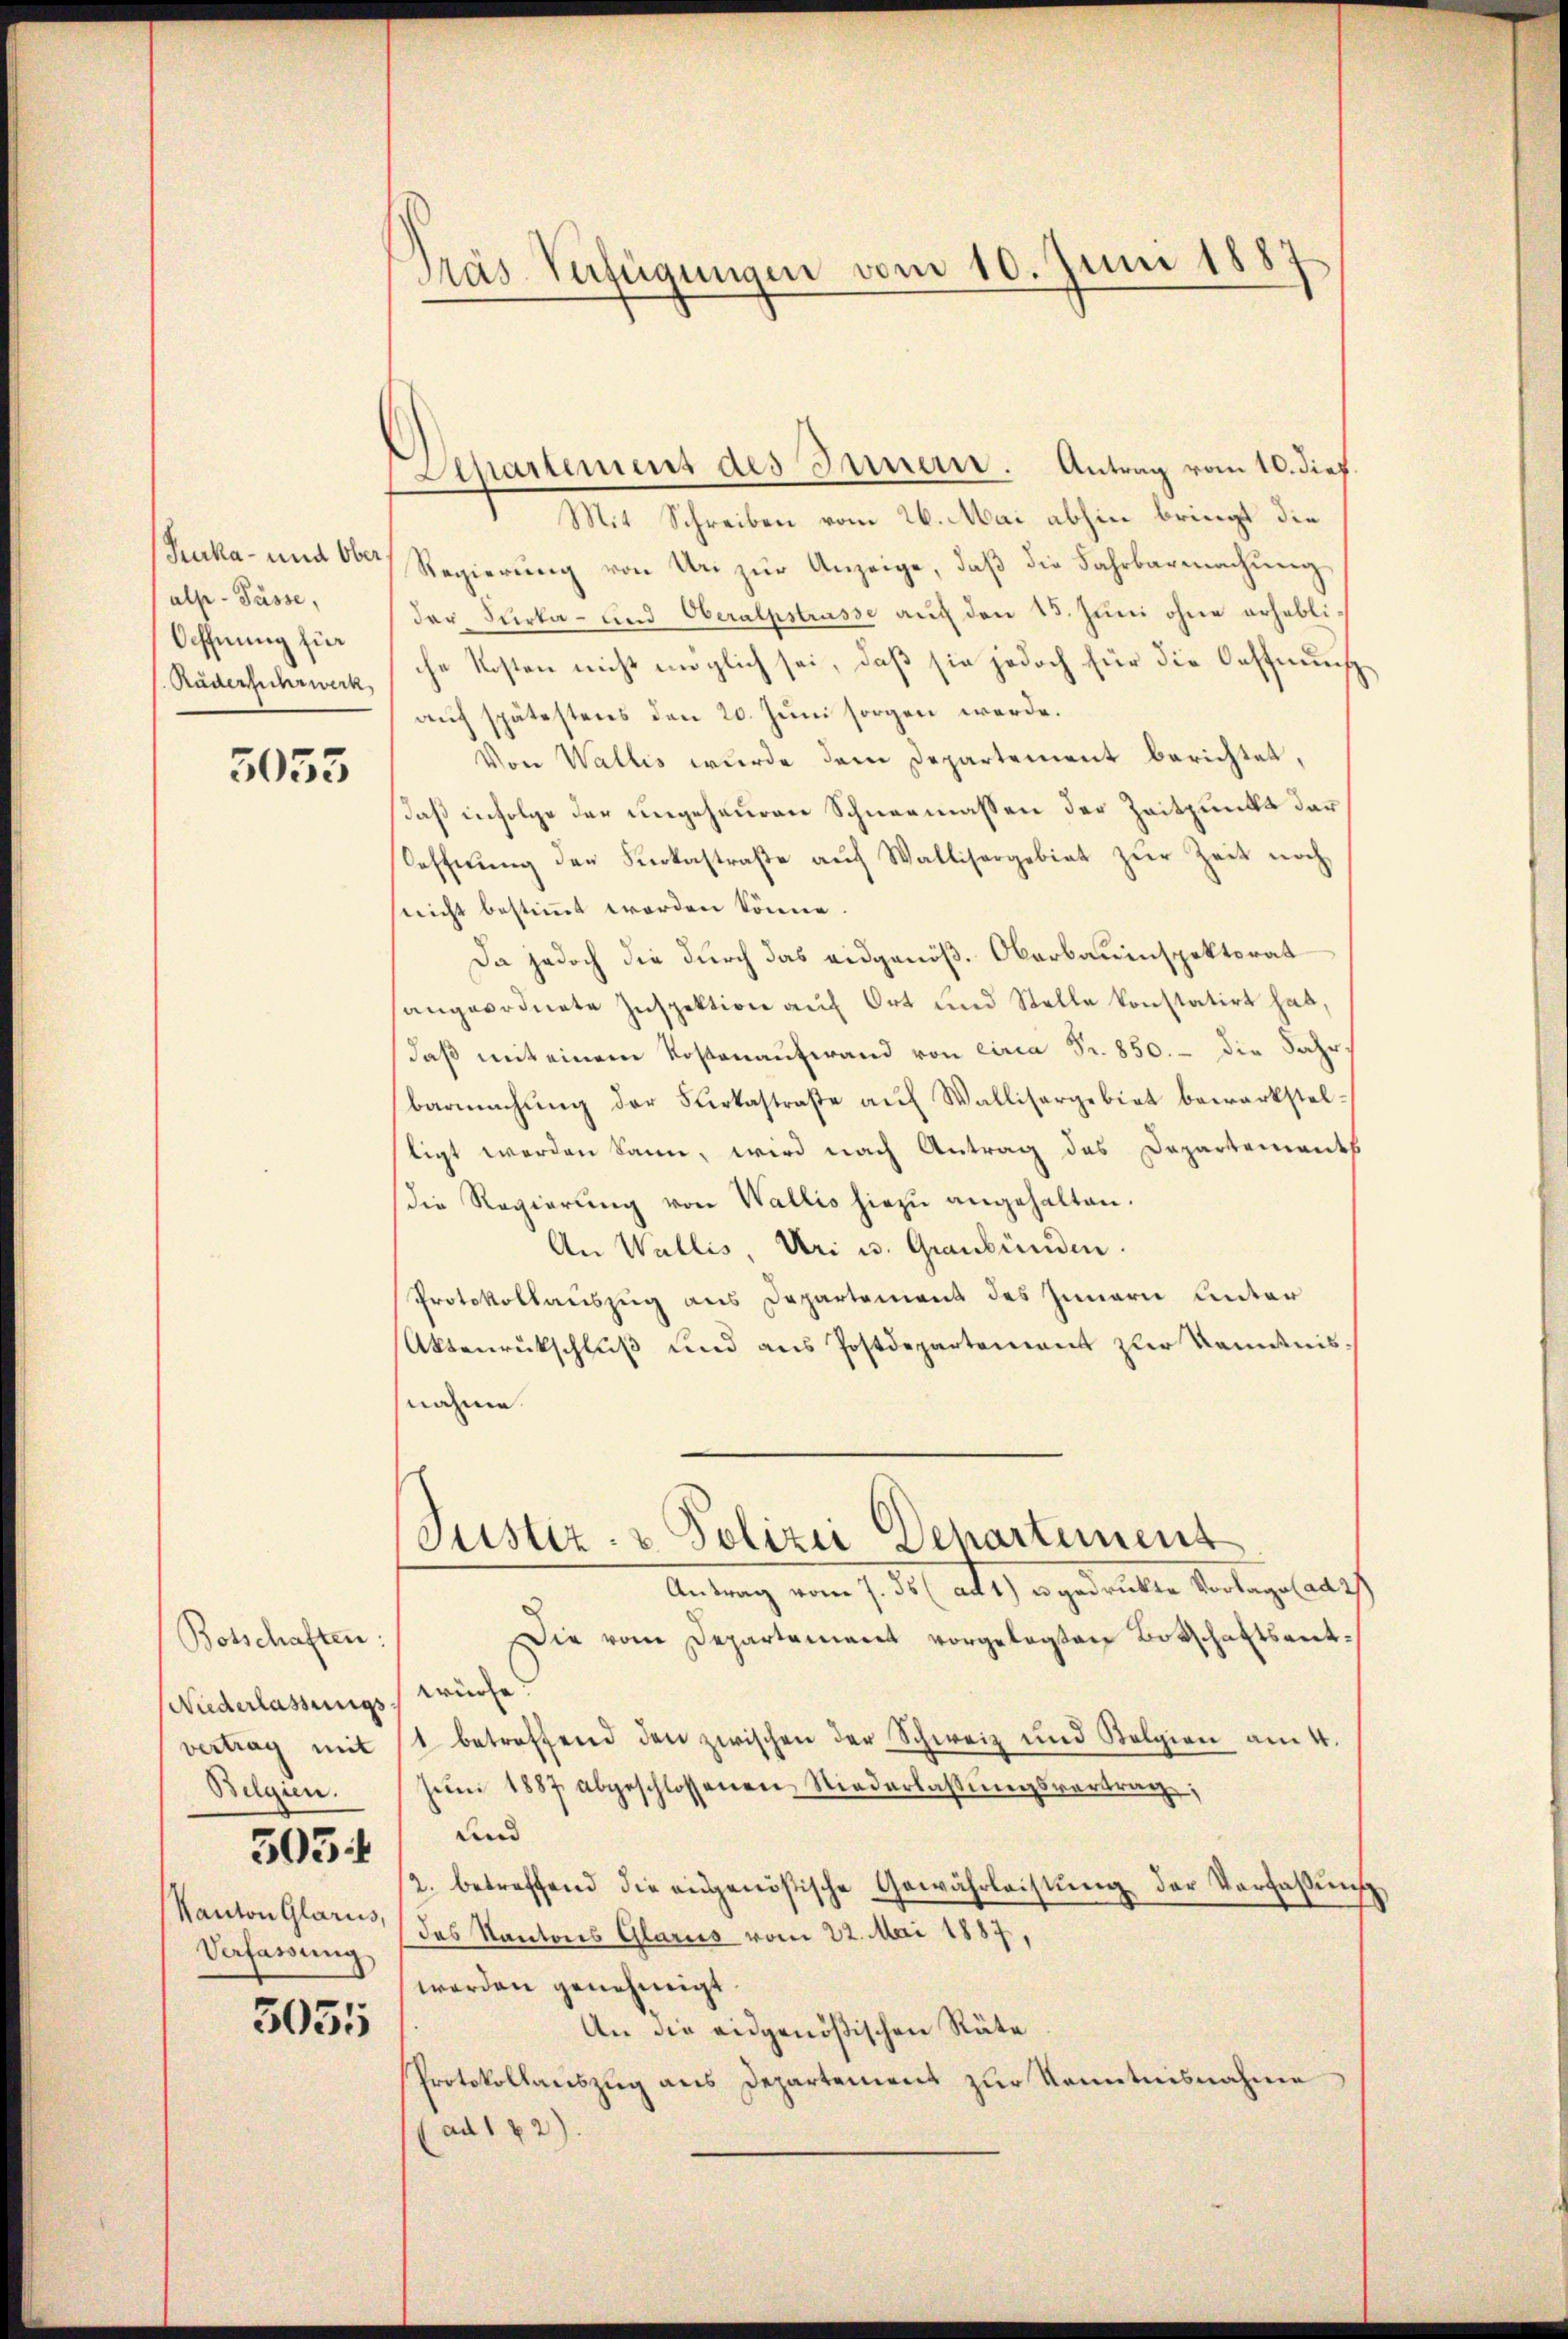
Suurka - und Ober
als- Pässe,
Öffnung für
Räderfuhrwerk

5055

Botschaften:
Niederlassungs würfe:
vertrag mit
Belgien.
503 f
Kanton Glarus,
Verfassung

5055

Präs. Verfügungen vom 10. Juni 1887

1 Mit Schreiben vom 26. Mai abhin bringt die
Regierung von Uri zur Anzeige, daß die Fahrbarmachung
der Furka - und Oberalpstrasse auf den 23. Juni ohne erhebliche Kosten nicht möglich sei, daß sie jedoch für die Oeffnunauf spätestens den 20. Juni sorgen werde.
Von Wallis wurde dem Departement berichtet,
daß infolge der ungeheuren Schneemassen der Zeitpunkt dar¬
Soffnŭng der Kerkestraβe aŭf Wallisergebiet zŭr Zeit noch
sricht bestimmt worden könne.
Da jedoch die durch das eidgenöß. Oberbauinspektorat
sangeordnete Inspektion auf Ort und Stelle konstatirt hat,
daß mit einem Kostenaufwand von circa Fr. 850. - die Jahrbarmachŭng der Sarkastraβe aŭf Wallisergebiet bewerkstel-
stigt werden kann, wird nach Antrag des Departemendes
die Regierŭng von Wallis hiezu angehalten.
An Wallis, Uri u. Graubünden.
Protokollauszug aus Departement des Innern Unter
Aktenrückschluß und aus Postdepartement zur Kenntnissnahme.
Justiz- & Polizei Dehartement
Amlung vom 1. d. h. alt, an gestatte Antageladet
Die vom Departement vorgelegten Botschaftsent¬
1 betreffend den zwischen der Schweiz und Belgien am 4.
Jŭni 1887 abgeschlossenen Niederlassŭngsvertrag,
und
2. betreffend die angenößische Gewährleistŭng der Verfassŭng,
das Kantons Glarus vom 22. Mai 1887,
worden genehmigt
An die eidgenößischen Räte
Protokollauszug aus Departement zur Kenntnisnahme
(ad 142).

Departement des Innern. Antrag vom 10. dies